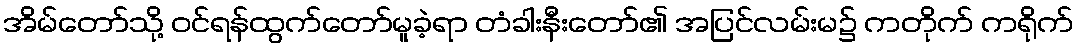
အိမ်တော်သို့ ဝင်ရန်ထွက်တော်မူခဲ့ရာ တံခါးနီးတော်၏ အပြင်လမ်းမ၌ ကတိုက် ကရိုက်